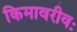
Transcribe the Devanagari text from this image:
किमावरीवः